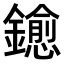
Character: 𨮋